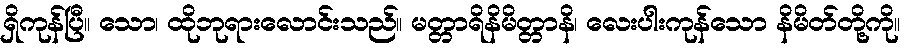
ရှိကုန်ပြီ။ သော၊ ထိုဘုရားလောင်းသည်။ မတ္တာရိနိမိတ္တာနိ၊ လေးပါးကုန်သော နိမိတ်တို့ကို။